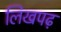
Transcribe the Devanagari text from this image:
लिखपढ़